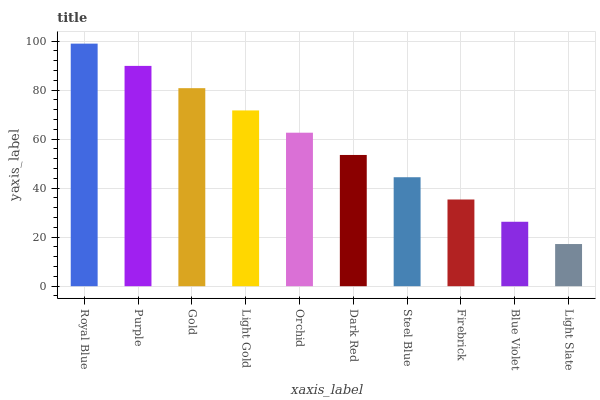
| xaxis_label | bars |
 | --- | --- |
 | Royal Blue | 99 |
 | Purple | 89.9 |
 | Gold | 80.8 |
 | Light Gold | 71.7 |
 | Orchid | 62.6 |
 | Dark Red | 53.6 |
 | Steel Blue | 44.5 |
 | Firebrick | 35.4 |
 | Blue Violet | 26.3 |
 | Light Slate | 17.2 |